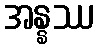
အန္နဿ